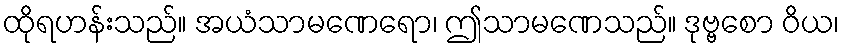
ထိုရဟန်းသည်။ အယံသာမဏေရော၊ ဤသာမဏေသည်။ ဒုဗ္ဗစော ဝိယ၊